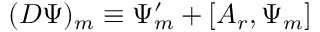
( D \Psi ) _ { m } \equiv \Psi _ { m } ^ { \prime } + [ A _ { r } , \Psi _ { m } ]